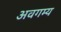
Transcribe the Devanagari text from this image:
अवगम्य